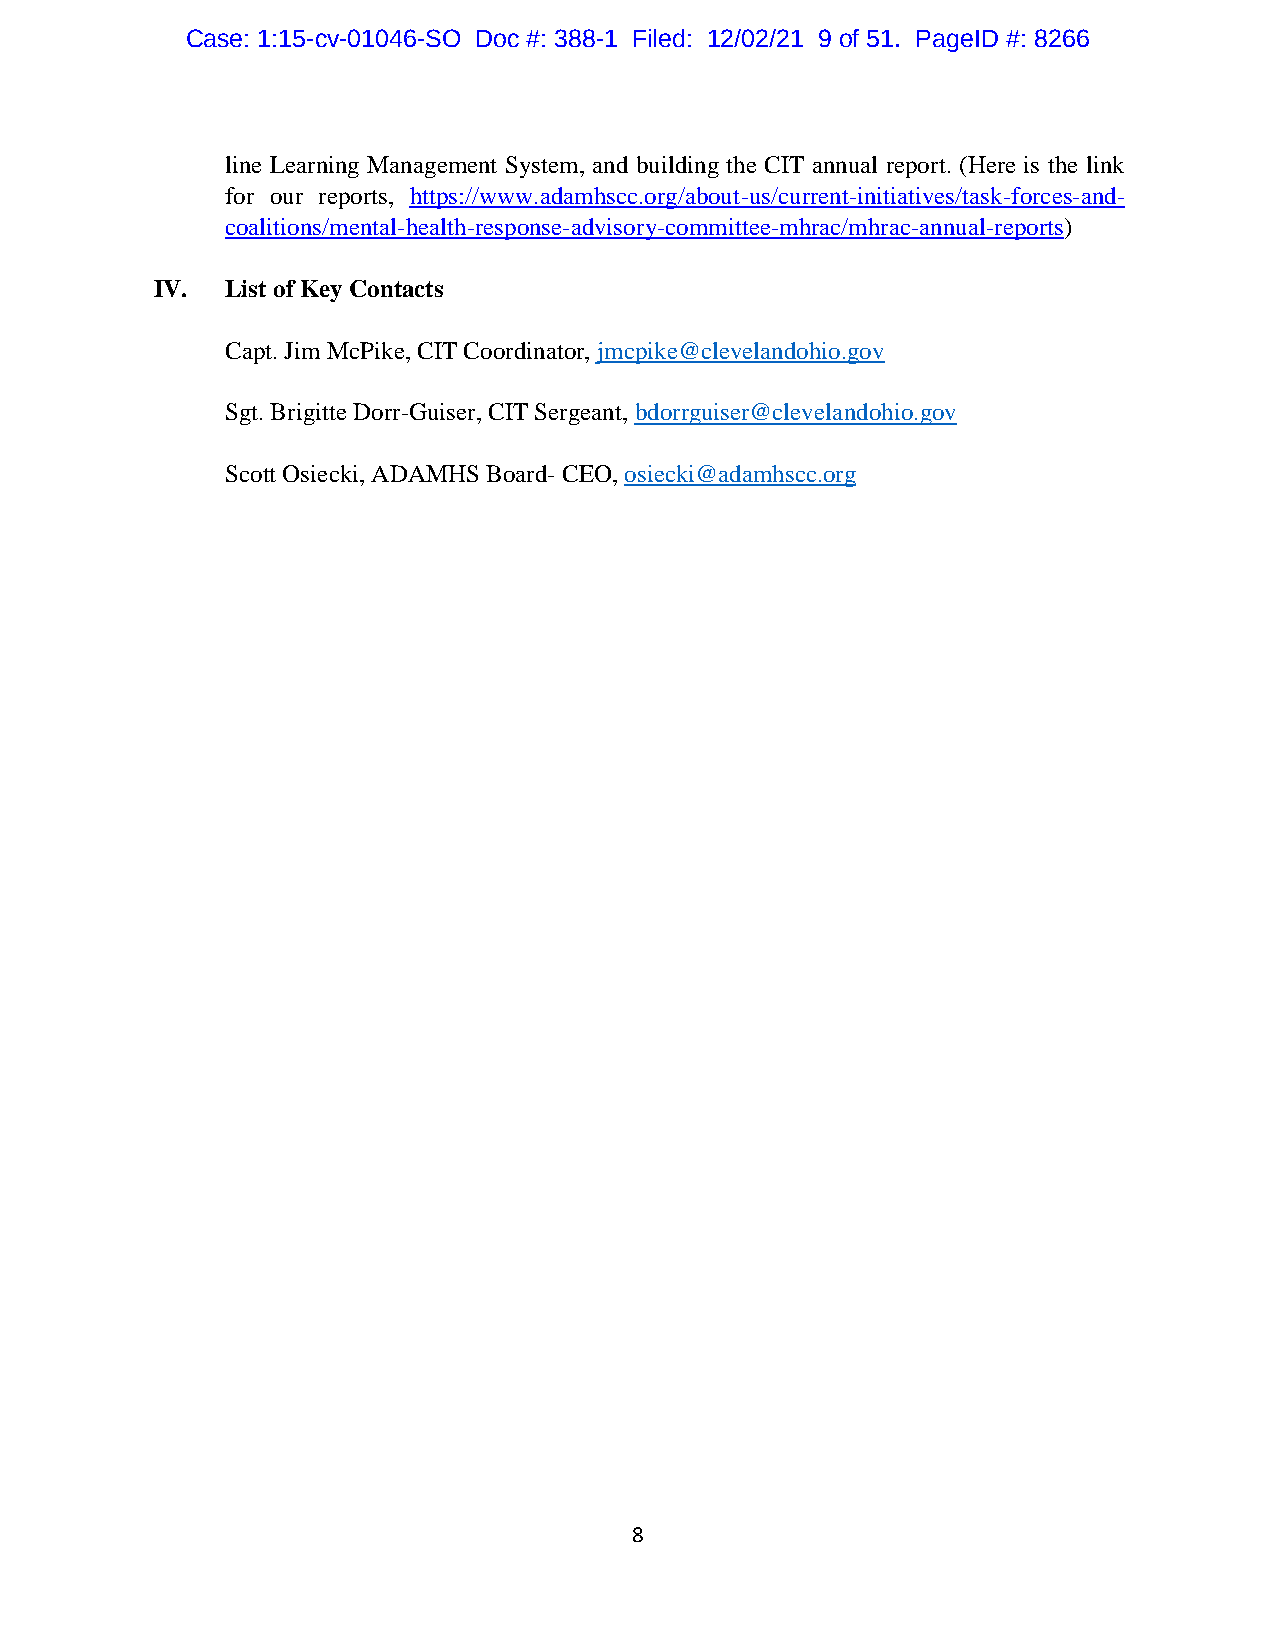
Case: 1:15-cv-01046-SO Doc #: 388-1 Filed: 12/02/21 9 of 51. PageID #: 8266
 line Learning Management System, and building the CIT annual report. (Here is the link
 for our reports, https://www.adamhscc.org/about-us/current-initiatives/task-forces-and-
 coalitions/mental-health-response-advisory-committee-mhrac/mhrac-annual-reports)
 IV.  List of Key Contacts
 Capt. Jim McPike, CIT Coordinator, jmcpike@clevelandohio.gov
 Sgt. Brigitte Dorr-Guiser, CIT Sergeant, bdorrguiser@clevelandohio.gov
 Scott Osiecki, ADAMHS Board- CEO, osiecki@adamhscc.org
 8